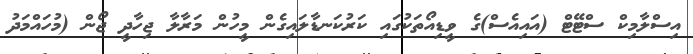
އިސްލާމިކް ސްޓޭޓް (އައިއެސް)ގެ ވީޑިއޯތަކުގައި ކަރުކަނޑާލައިގެން މީހުން މަރާލާ ޖިހާދީ ޖޯން (މުހައްމަދު